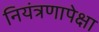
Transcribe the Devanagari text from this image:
नियंत्रणापेक्षा